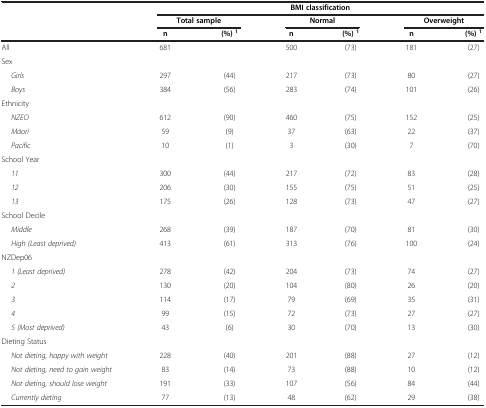
|  | <COLSPAN=6> BMI classification |
 |  | <COLSPAN=2> Total sample | <COLSPAN=2> Normal | <COLSPAN=2> Overweight |
 | --- | --- | --- | --- | --- | --- | --- |
 |  | n | (%) 1 | n | (%) 1 | n | (%) 1 |
 | All | 681 |  | 500 | (73) | 181 | (27) |
 | Sex |  |  |  |  |  |  |
 | Girls | 297 | (44) | 217 | (73) | 80 | (27) |
 | Boys | 384 | (56) | 283 | (74) | 101 | (26) |
 | Ethnicity |  |  |  |  |  |  |
 | NZEO | 612 | (90) | 460 | (75) | 152 | (25) |
 | Māori | 59 | (9) | 37 | (63) | 22 | (37) |
 | Pacific | 10 | (1) | 3 | (30) | 7 | (70) |
 | School Year |  |  |  |  |  |  |
 | 11 | 300 | (44) | 217 | (72) | 83 | (28) |
 | 12 | 206 | (30) | 155 | (75) | 51 | (25) |
 | 13 | 175 | (26) | 128 | (73) | 47 | (27) |
 | School Decile |  |  |  |  |  |  |
 | Middle | 268 | (39) | 187 | (70) | 81 | (30) |
 | High (Least deprived) | 413 | (61) | 313 | (76) | 100 | (24) |
 | NZDep06 |  |  |  |  |  |  |
 | 1 (Least deprived) | 278 | (42) | 204 | (73) | 74 | (27) |
 | 2 | 130 | (20) | 104 | (80) | 26 | (20) |
 | 3 | 114 | (17) | 79 | (69) | 35 | (31) |
 | 4 | 99 | (15) | 72 | (73) | 27 | (27) |
 | 5 (Most deprived) | 43 | (6) | 30 | (70) | 13 | (30) |
 | Dieting Status |  |  |  |  |  |  |
 | Not dieting, happy with weight | 228 | (40) | 201 | (88) | 27 | (12) |
 | Not dieting, need to gain weight | 83 | (14) | 73 | (88) | 10 | (12) |
 | Not dieting, should lose weight | 191 | (33) | 107 | (56) | 84 | (44) |
 | Currently dieting | 77 | (13) | 48 | (62) | 29 | (38) |